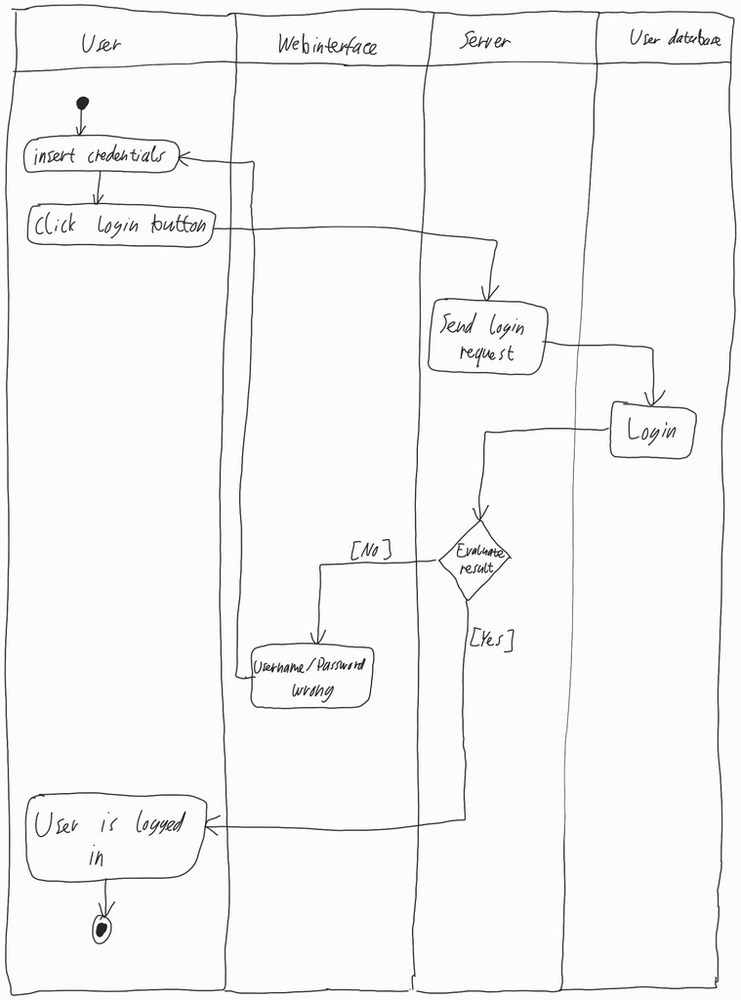
Diagram type: activity_diagram
@startuml

|User|

start

repeat :insert credentials;
  :Click login button;

|Server|
  :Send login request;

|User database|
  :Login;

|Webinterface|
backward :Username/Password wrong;
|Server|
repeat while (Evaluate result) is ([No]) not ([Yes])

|User|
:User is logged in;

stop
@enduml